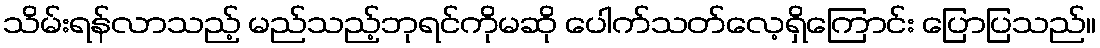
သိမ်းရန်လာသည့် မည်သည့်ဘုရင်ကိုမဆို ပေါက်သတ်လေ့ရှိကြောင်း ပြောပြသည်။